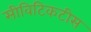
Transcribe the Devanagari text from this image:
सीविटिकटीस